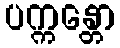
ပက္ကန္တော